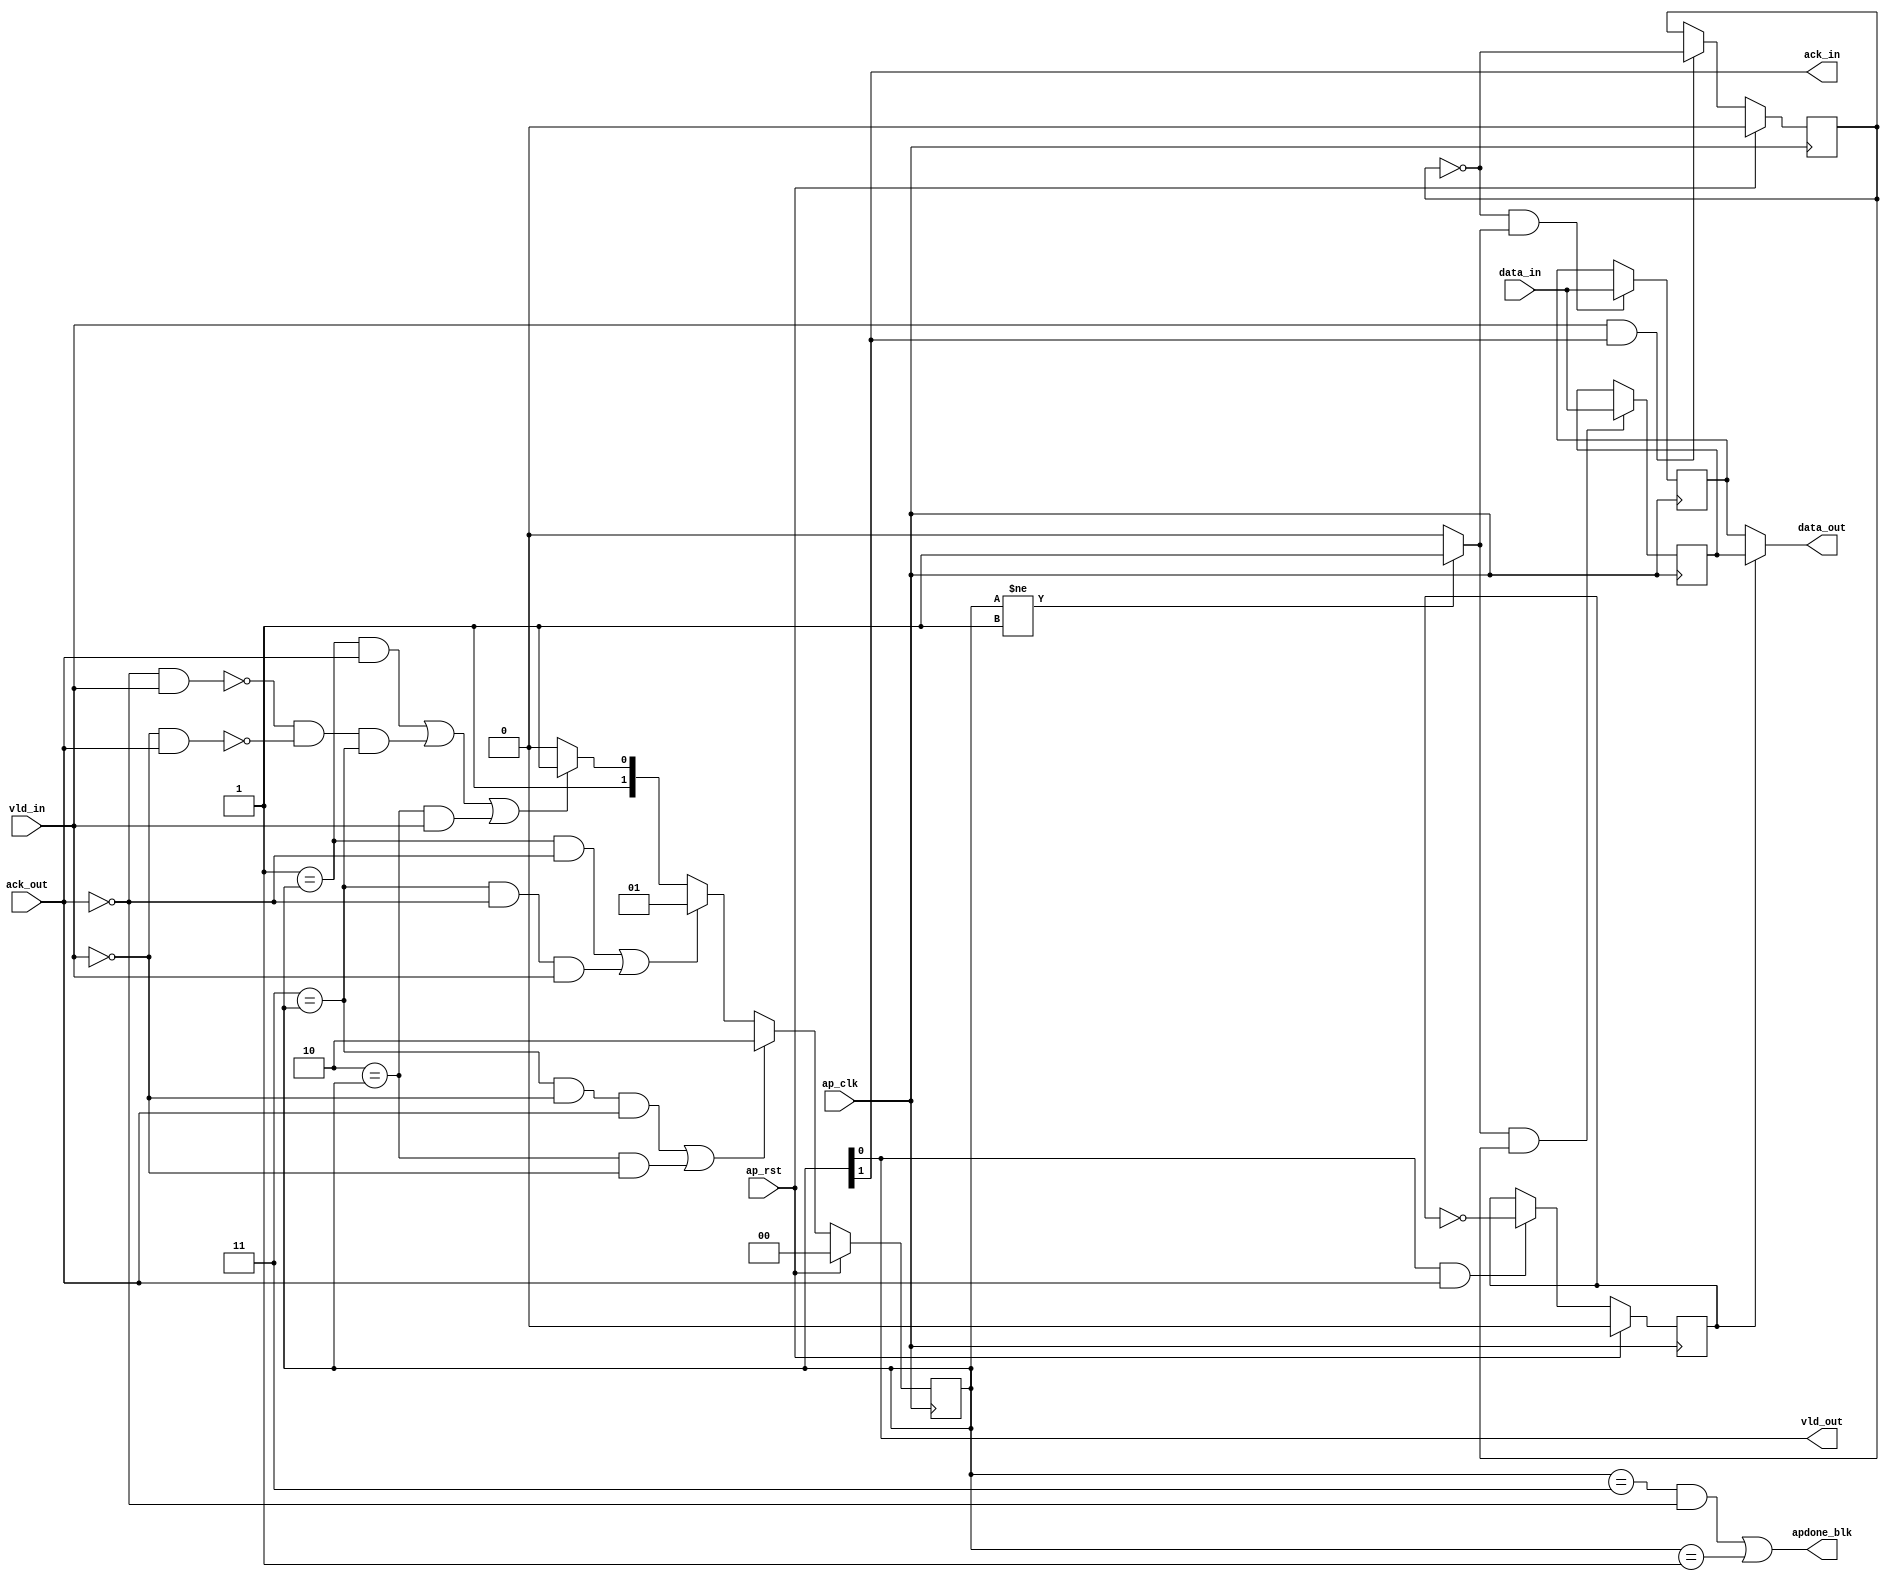
`define EXPONENT 5
`define MANTISSA 10
`define ACTUAL_MANTISSA 11
`define EXPONENT_LSB 10
`define EXPONENT_MSB 14
`define MANTISSA_LSB 0
`define MANTISSA_MSB 9
`define MANTISSA_MUL_SPLIT_LSB 3
`define MANTISSA_MUL_SPLIT_MSB 9
`define SIGN 1
`define SIGN_LOC 15
`define DWIDTH (`SIGN+`EXPONENT+`MANTISSA)
`define IEEE_COMPLIANCE 1

module td_fused_top_regslice_both
#(parameter 
    DataWidth=32
)(
    input ap_clk ,
    input ap_rst,

    input [DataWidth-1:0] data_in , 
    input vld_in , 
    output ack_in ,
    output [DataWidth-1:0] data_out, 
    output vld_out,
    input ack_out,
    output apdone_blk
);
 

reg   [1:0] B_V_data_1_state;
wire   [DataWidth-1:0] B_V_data_1_data_in;
reg   [DataWidth-1:0] B_V_data_1_data_out;
wire    B_V_data_1_vld_reg;
wire    B_V_data_1_vld_in;
wire    B_V_data_1_vld_out;
reg   [DataWidth-1:0] B_V_data_1_payload_A;
reg   [DataWidth-1:0] B_V_data_1_payload_B;
reg    B_V_data_1_sel_rd;
reg    B_V_data_1_sel_wr;
wire    B_V_data_1_sel;
wire    B_V_data_1_load_A;
wire    B_V_data_1_load_B;
wire    B_V_data_1_state_cmp_full;
wire    B_V_data_1_ack_in;
wire    B_V_data_1_ack_out;

always @ (posedge ap_clk) begin
    if (ap_rst == 1'b1) begin
        B_V_data_1_sel_rd <= 1'b0;
    end else begin
        if (((1'b1 == B_V_data_1_vld_out) & (1'b1 == B_V_data_1_ack_out))) begin
            B_V_data_1_sel_rd <= ~B_V_data_1_sel_rd;
        end else begin
            B_V_data_1_sel_rd <= B_V_data_1_sel_rd;
        end
    end
end

always @ (posedge ap_clk) begin
    if (ap_rst == 1'b1) begin
        B_V_data_1_sel_wr <= 1'b0;
    end else begin
        if (((1'b1 == B_V_data_1_vld_in) & (1'b1 == B_V_data_1_ack_in))) begin
            B_V_data_1_sel_wr <= ~B_V_data_1_sel_wr;
        end else begin
            B_V_data_1_sel_wr <= B_V_data_1_sel_wr;
        end
    end
end

always @ (posedge ap_clk) begin
    if (ap_rst == 1'b1) begin
        B_V_data_1_state <= 2'd0;
    end else begin
        if ((((2'd3 == B_V_data_1_state) & (1'b0 == B_V_data_1_vld_in) & (1'b1 == B_V_data_1_ack_out)) | ((2'd2 == B_V_data_1_state) & (1'b0 == B_V_data_1_vld_in)))) begin
            B_V_data_1_state <= 2'd2;
        end else if ((((2'd1 == B_V_data_1_state) & (1'b0 == B_V_data_1_ack_out)) | ((2'd3 == B_V_data_1_state) & (1'b0 == B_V_data_1_ack_out) & (1'b1 == B_V_data_1_vld_in)))) begin
            B_V_data_1_state <= 2'd1;
        end else if ((((2'd1 == B_V_data_1_state) & (1'b1 == B_V_data_1_ack_out)) | (~((1'b0 == B_V_data_1_ack_out) & (1'b1 == B_V_data_1_vld_in)) & ~((1'b0 == B_V_data_1_vld_in) & (1'b1 == B_V_data_1_ack_out)) & (2'd3 == B_V_data_1_state)) | ((2'd2 == B_V_data_1_state) & (1'b1 == B_V_data_1_vld_in)))) begin
            B_V_data_1_state <= 2'd3;
        end else begin
            B_V_data_1_state <= 2'd2;
        end
    end
end

always @ (posedge ap_clk) begin
    if ((1'b1 == B_V_data_1_load_A)) begin
        B_V_data_1_payload_A <= B_V_data_1_data_in;
    end
end

always @ (posedge ap_clk) begin
    if ((1'b1 == B_V_data_1_load_B)) begin
        B_V_data_1_payload_B <= B_V_data_1_data_in;
    end
end

always @ (*) begin
    if ((1'b1 == B_V_data_1_sel)) begin
        B_V_data_1_data_out = B_V_data_1_payload_B;
    end else begin
        B_V_data_1_data_out = B_V_data_1_payload_A;
    end
end

assign B_V_data_1_ack_in = B_V_data_1_state[1'd1];
assign B_V_data_1_load_A = (~B_V_data_1_sel_wr & B_V_data_1_state_cmp_full);
assign B_V_data_1_load_B = (B_V_data_1_state_cmp_full & B_V_data_1_sel_wr);
assign B_V_data_1_sel = B_V_data_1_sel_rd;
assign B_V_data_1_state_cmp_full = ((B_V_data_1_state != 2'd1) ? 1'b1 : 1'b0);
assign B_V_data_1_vld_out = B_V_data_1_state[1'd0];

assign ack_in = B_V_data_1_ack_in;
assign B_V_data_1_data_in = data_in;
assign B_V_data_1_vld_in = vld_in;

assign vld_out = B_V_data_1_vld_out;
assign data_out = B_V_data_1_data_out;
assign B_V_data_1_ack_out = ack_out;

assign apdone_blk = ((B_V_data_1_state == 2'd3 && ack_out == 1'b0) | (B_V_data_1_state == 2'd1));

endmodule // both